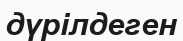
дүрілдеген